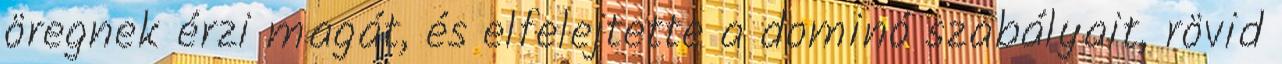
öregnek érzi magát, és elfelejtette a dominó szabályait, rövid